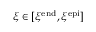
\xi \in [ \xi ^ { \mathrm { e n d } } , \xi ^ { \mathrm { e p i } } ]